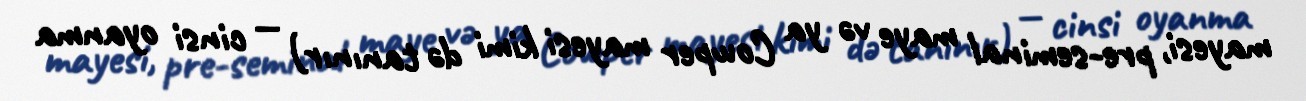
mayesi, pre-seminal maye və ya Cowper mayesi kimi də tanınır) — cinsi oyanma